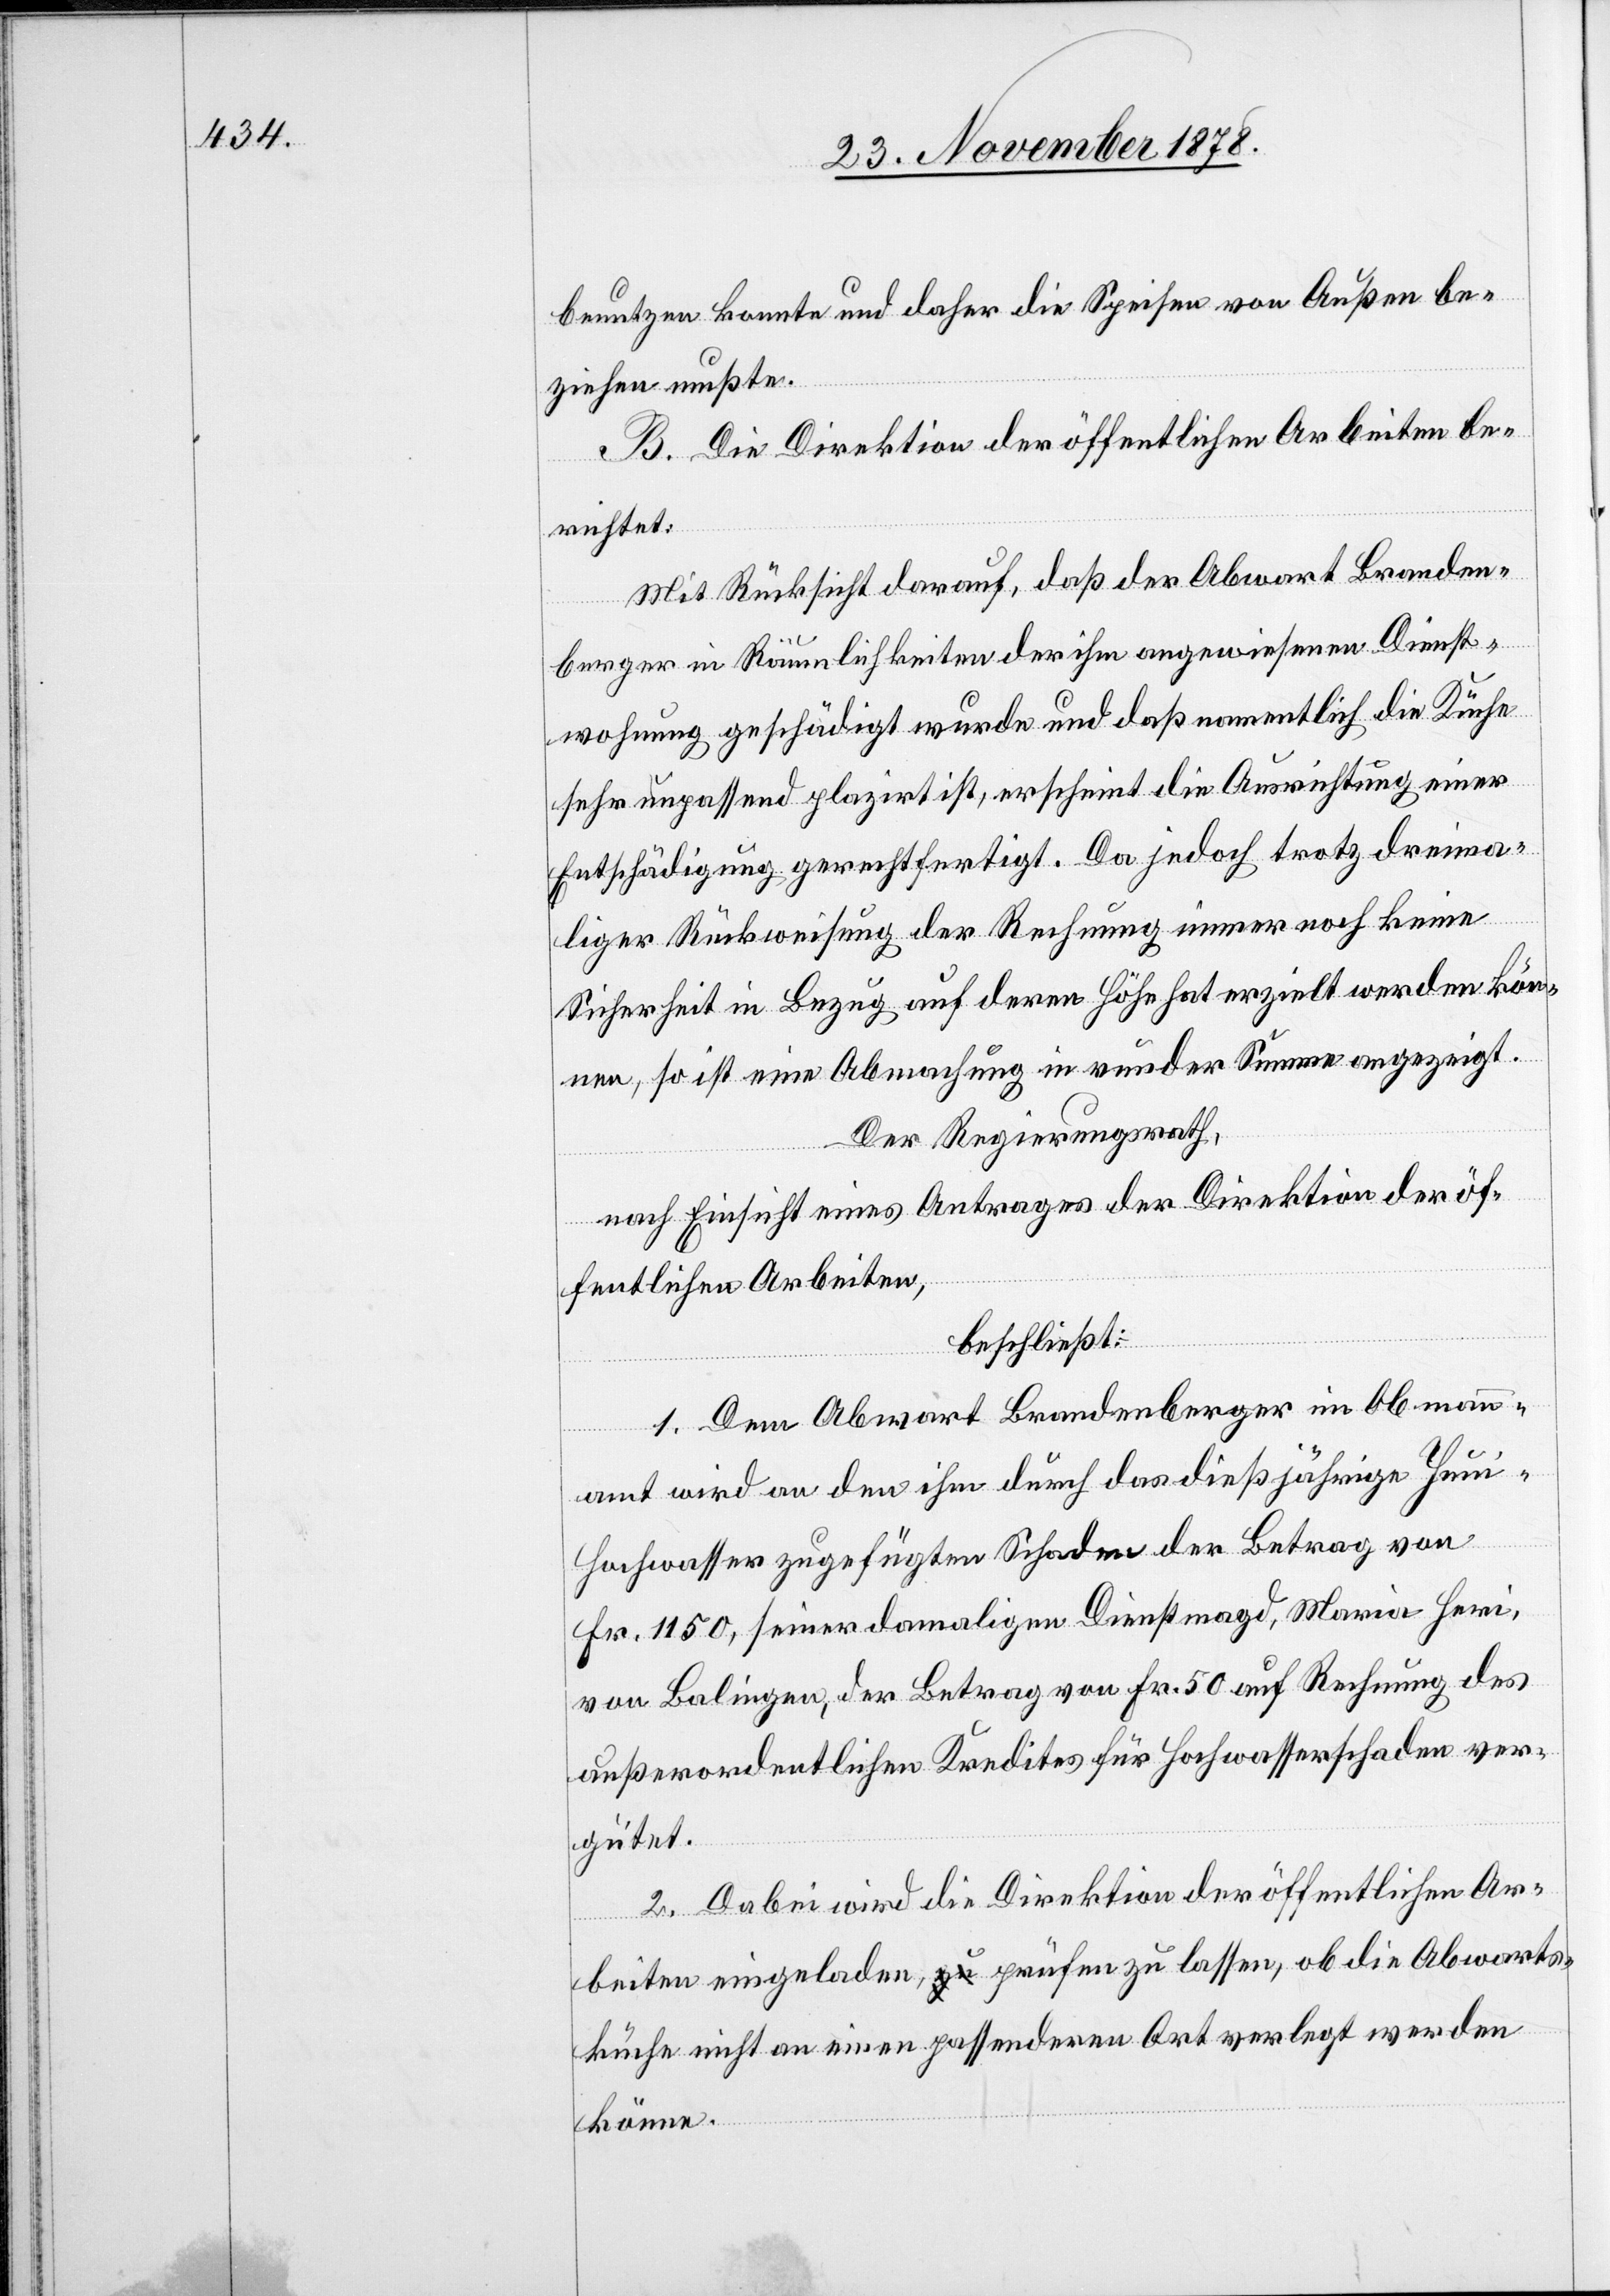
benutzen konnte und daher die Speisen von Außen be¬
ziehen mußte.
B. Die Direktion der öffentlichen Arbeiten be¬
richtet:
Mit Rücksicht darauf, daß der Abwart Branden¬
berger in Räumlichkeiten der ihm angewiesenen Dienst¬
wohnung geschädigt wurde und daß namentlich die Küche
sehr unpassend plazirt ist, erscheint die Ausrichtung einer
Entschädigung gerechtfertigt. Da jedoch trotz dreima¬
liger Rückweisung der Rechnung immer noch keine
Sicherheit in Bezug auf deren Höhe hat erzielt werden kön¬
nen, so ist eine Abmachung in runder Summe angezeigt.
Der Regierungsrath,
nach Einsicht eines Antrages der Direktion der öf¬
fentlichen Arbeiten,
beschließt:
1. Dem Abwart Brandenberger im Obmann¬
amt wird an den ihm durch das dießjährige Jun¬
i-Hochwasser zugefügten Schaden der Betrag von
Fr. 1150, seiner damaligen Dienstmagd, Maria Heri,
von Balingen, der Betrag von Fr. 50 auf Rechnung des
außerordentlichen Kredites für Hochwasserschaden ver¬
gütet.
2. Dabei wird die Direktion der öffentlichen Ar¬
beiten eingeladen, prüfen zu lassen, ob die Abwarts¬
küche nicht an einen passenderen Ort verlegt werden
könne.